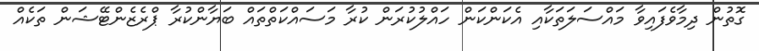
ގޮތުން ދިމާވެފައިވާ މައްސަލަތަކާއި އެކަންކަން ހައްލުކުރަން ކުރާ މަސައްކަތްތައް ބަޔާންކުރާ ޕްރެޒެންޓޭޝަން ތަކެއް